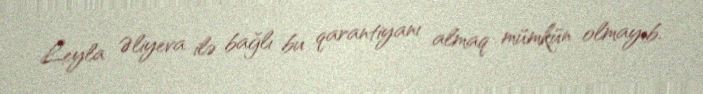
Leyla Əliyeva ilə bağlı bu qarantiyanı almaq mümkün olmayıb.